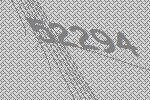
52294